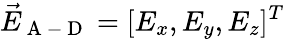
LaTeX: \vec{E}_{\mathrm{~A~-~D~}}=[E_{x},E_{y},E_{z}]^{T}